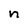
Character: n